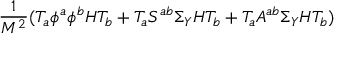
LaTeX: { \frac { 1 } { M ^ { 2 } } } ( T _ { a } \phi ^ { a } \phi ^ { b } H T _ { b } + T _ { a } S ^ { a b } \Sigma _ { Y } H T _ { b } + T _ { a } A ^ { a b } \Sigma _ { Y } H T _ { b } )